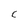
Character: C